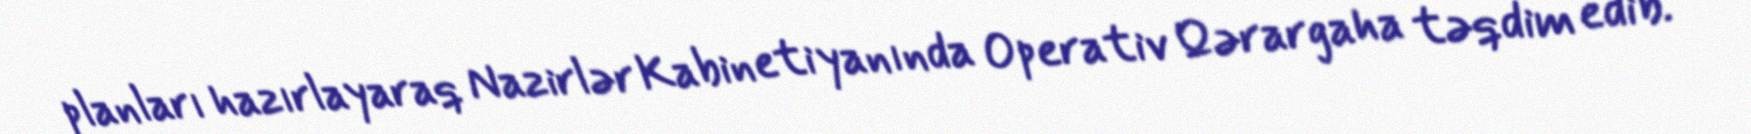
planları hazırlayaraq Nazirlər Kabineti yanında Operativ Qərargaha təqdim edib.